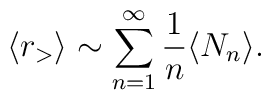
\langle r_> \rangle \sim \sum_{n=1}^{\infty} \frac{1}{n}\langle N_{n}\rangle.